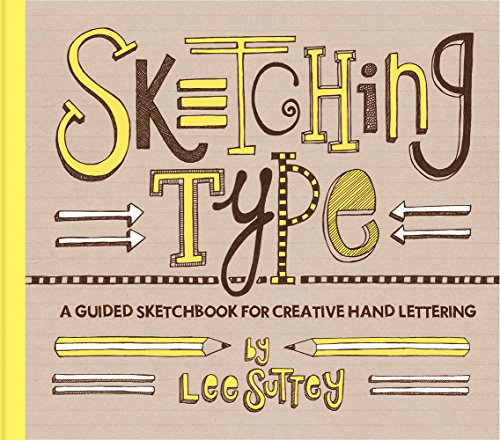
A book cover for Sketching Type: A Guided Sketchbook for Creative Hand Lettering; Lee Suttey; Reference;